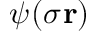
\psi _ { } ^ { } ( \sigma _ { } \mathbf { r } )